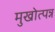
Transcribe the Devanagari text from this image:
मुखोत्पन्न